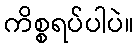
ကိစ္စရပ်ပါပဲ။